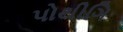
પોથીગિ